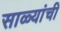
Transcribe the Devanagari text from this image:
साळ्यांची